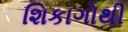
શિકાગોથી